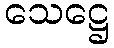
သေဋ္ဌေ